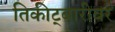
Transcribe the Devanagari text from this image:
तिकीट्बारीवर